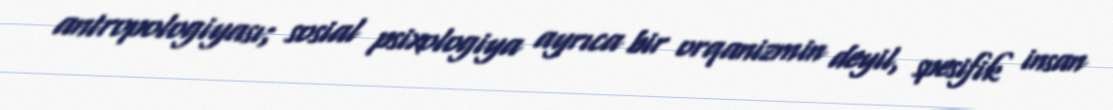
antropologiyası; sosial psixologiya ayrıca bir orqanizmin deyil, spesifik insan